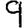
Digit: 9